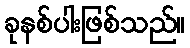
ခုနစ်ပါးဖြစ်သည်။